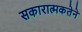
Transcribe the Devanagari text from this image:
सकारात्मकतेने